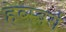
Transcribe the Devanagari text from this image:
हेब्स्बर्ग